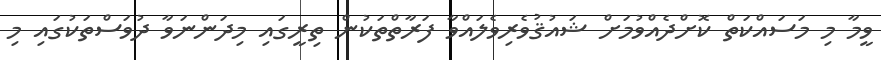
ވީމާ މި މަސައްކަތް ކޮށްދެއްވުމަށް ޝައުޤުވެރިވެލައްވާ ފަރާތްތަކުން ތިރީގައި މިދަންނަވާ ދުވަސްތަކުގައި މި